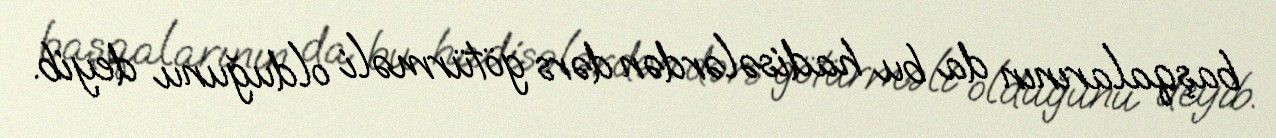
başqalarının da bu hadisələrdən dərs götürməli olduğunu deyib.